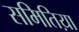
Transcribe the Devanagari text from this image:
समितिय़ा